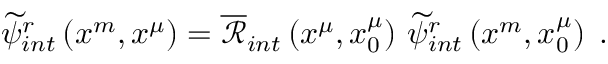
\begin{array} { r } { \widetilde { \psi } _ { i n t } ^ { r } \left( x ^ { m } , x ^ { \mu } \right) = \overline { { \mathcal { R } } } _ { i n t } \left( x ^ { \mu } , x _ { 0 } ^ { \mu } \right) \, \widetilde { \psi } _ { i n t } ^ { r } \left( x ^ { m } , x _ { 0 } ^ { \mu } \right) \; . } \end{array}